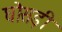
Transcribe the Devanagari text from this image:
घोसड़ी